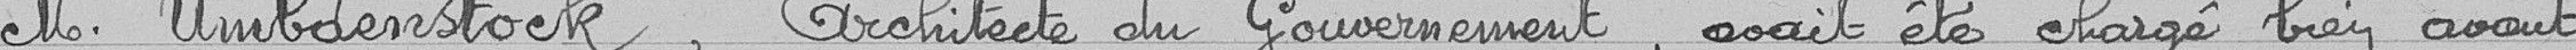
Monsieur Umbdenstock, architecte du Gouvernement, avait été chargé bien avant